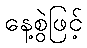
နေ့စွဲဖြင့်